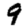
Digit: 9